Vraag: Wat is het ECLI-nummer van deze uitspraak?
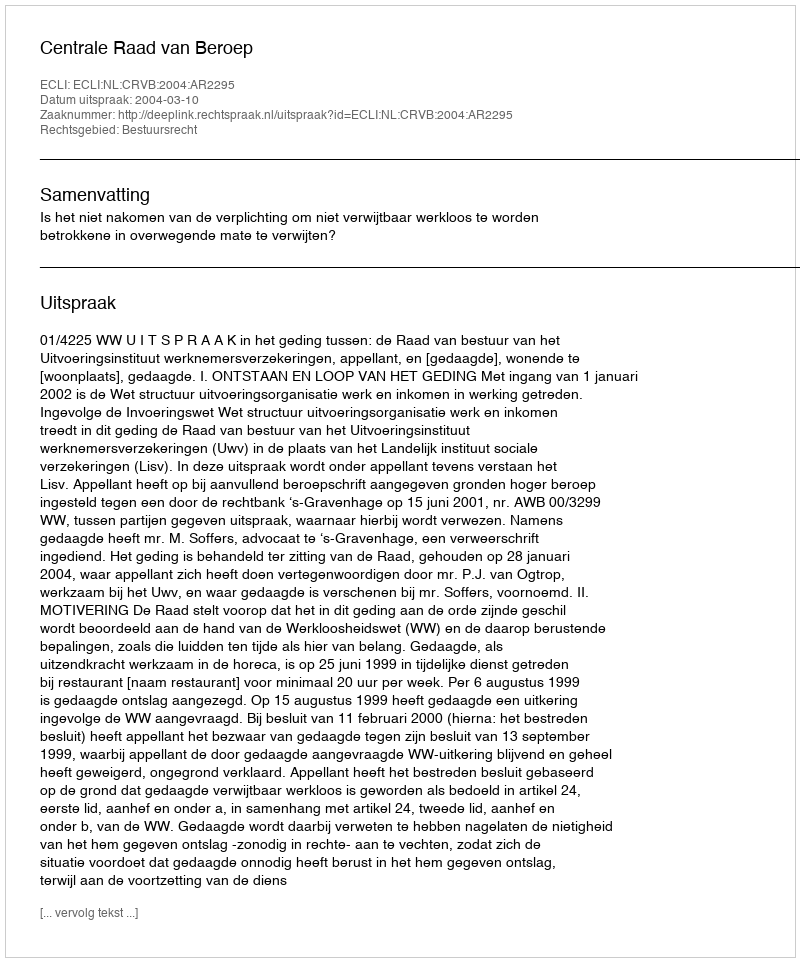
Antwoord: ECLI:NL:CRVB:2004:AR2295